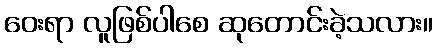
ဝေးရာ လူဖြစ်ပါစေ ဆုတောင်းခဲ့သလား။